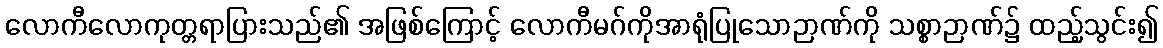
လောကီလောကုတ္တရာပြားသည်၏ အဖြစ်ကြောင့် လောကီမဂ်ကိုအာရုံပြုသောဉာဏ်ကို သစ္စာဉာဏ်၌ ထည့်သွင်း၍